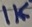
Text: 1K